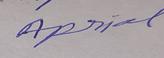
Signature authenticity: forged